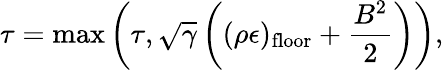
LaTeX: \tau=\operatorname*{max}\left(\tau,\sqrt{\gamma}\left((\rho\epsilon)_{\mathrm{floor}}+\frac{B^{2}}{2}\right)\right),